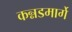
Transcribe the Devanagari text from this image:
कन्नडमार्गे